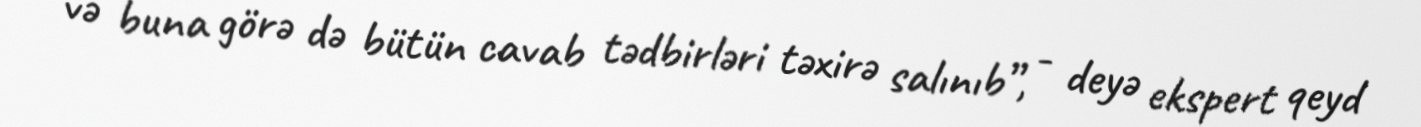
və buna görə də bütün cavab tədbirləri təxirə salınıb”, - deyə ekspert qeyd